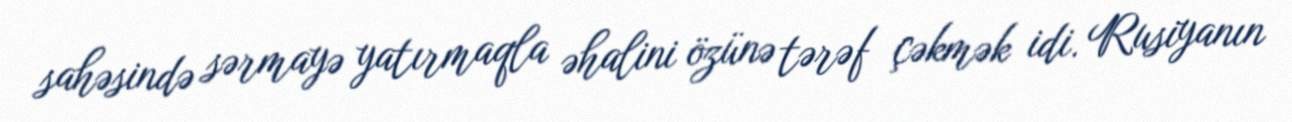
sahəsində sərmayə yatırmaqla əhalini özünə tərəf çəkmək idi. Rusiyanın